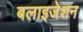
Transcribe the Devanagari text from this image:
बलाइजेशन